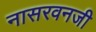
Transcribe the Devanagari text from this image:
नासरवनजी